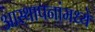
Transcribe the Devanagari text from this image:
आस्‍थापनांमध्‍ये